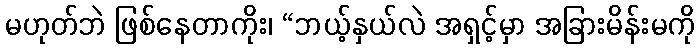
မဟုတ်ဘဲ ဖြစ်နေတာကိုး၊ “ဘယ့်နှယ်လဲ အရှင့်မှာ အခြားမိန်းမကို